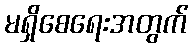
မရှိစေရေးအတွက်